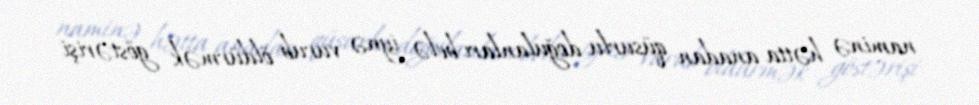
naminə hətta anadan qüsurlu doğulanları belə iynə vurub öldürmək göstərişi